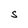
Character: S